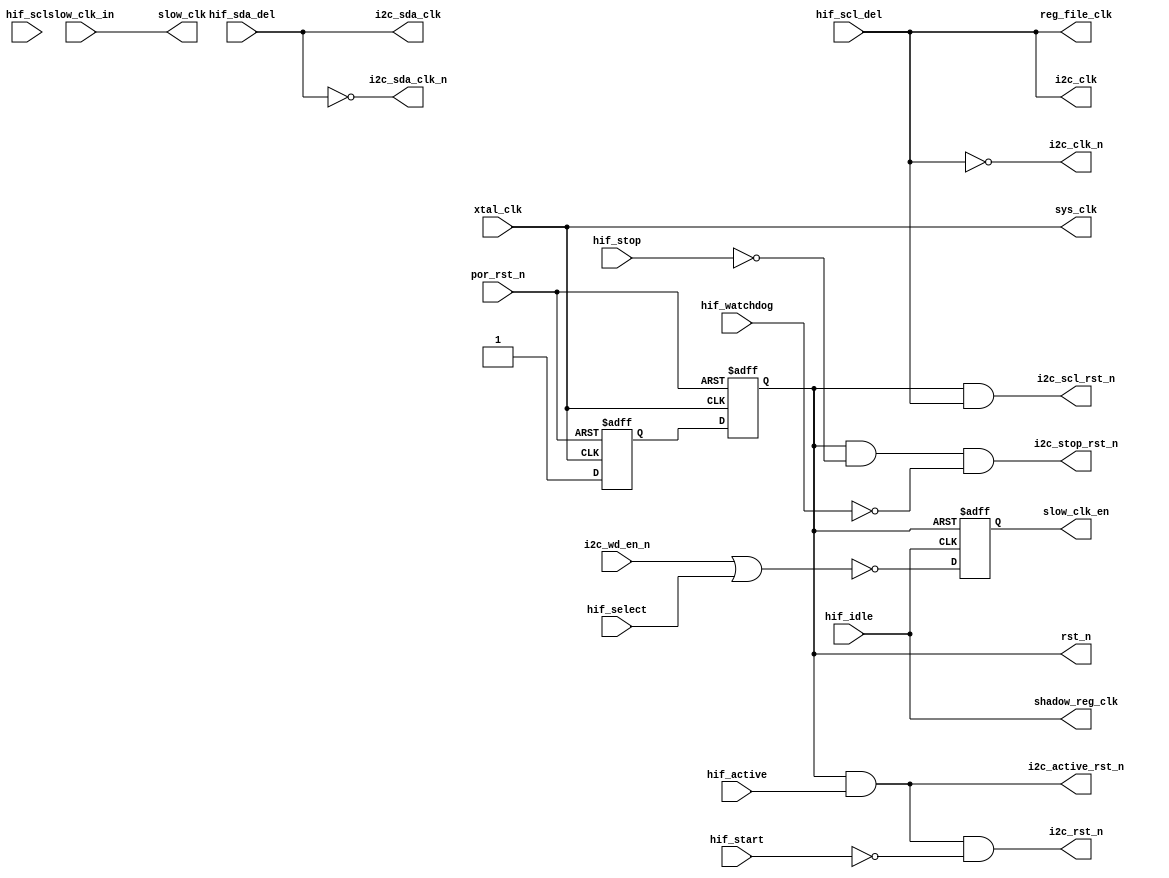
`timescale 1ns/10ps
module rcm_simplified (
	xtal_clk, // input crystal clock
	por_rst_n, // input POR reset
	hif_active, // Interface ACTIVE bit
	hif_start, // Interface START bit
	hif_stop, // Interface STOP bit
	hif_scl, // Interface SCL signal
	hif_watchdog, // Watchdog interrupt
	hif_scl_del, // delay of SCL signal
	hif_sda_del, // delay of SDA signal
	slow_clk_in, // Slow clock from ring osc
	hif_select, // Interface select signal
	hif_idle, // Signal indicating host interface idle
	i2c_wd_en_n, // Enable I2C watchdog from register file
	i2c_rst_n, // Reset I2C interface without I2C register address reg
	i2c_active_rst_n, // Reset I2C register address reg
	i2c_scl_rst_n, // Reset START bit from scl signal
	i2c_stop_rst_n, // Reset ACTIVE bit from STOP bit and watchdog
	i2c_clk, // I2C clock
	i2c_clk_n, // I2C inverted clock
	reg_file_clk, // Register file clock
	i2c_sda_clk, // I2C clock using SDA signal for START, STOP, ACTIVE bit
	i2c_sda_clk_n, // I2C clock using inverted SDA signal
	slow_clk, // Slow clock for I2C watchdog
	sys_clk, // System clock 
	shadow_reg_clk, // clock for shadow register
	slow_clk_en, // output enable signal for the ring oscillator
	rst_n // System reset
	);
	
	input xtal_clk;
	input por_rst_n;
	input hif_active;
	input hif_start;
	input hif_stop;
	input hif_scl;
	input hif_watchdog;
	input hif_scl_del;
	input hif_sda_del;
	input slow_clk_in;
	input hif_select;
	input hif_idle;
	input i2c_wd_en_n;
	output i2c_rst_n;
	output i2c_active_rst_n;
	output i2c_scl_rst_n;
	output i2c_stop_rst_n;
	output i2c_clk;
	output i2c_clk_n;
	output reg_file_clk;
	output i2c_sda_clk;
	output i2c_sda_clk_n;
	output slow_clk;
	output sys_clk;
	output shadow_reg_clk;
	output slow_clk_en;
	output rst_n;
	
	reg rst_sync1_n, rst_sync2_n; // Synchronized reset signal after 2 FF
	reg i2c_clk;
	reg i2c_clk_n;
	reg reg_file_clk;
	wire sys_cg1_clk_s; //system clock after clock gate for register file 
	wire sys_cg2_clk_s; // System clock after clock gate for shadow register
	reg i2c_sda_clk;
	reg i2c_sda_clk_n;
	reg slow_clk_en;
	
	// Synchronize reset signal with system clock using 2 FF
	always @ (posedge xtal_clk or negedge por_rst_n)
		begin
			if (por_rst_n == 1'b0)
				begin
					rst_sync1_n <= 1'b0;
					rst_sync2_n <= 1'b0;
				end
			else
				begin
					rst_sync1_n <= 1'b1;
					rst_sync2_n <= rst_sync1_n;
				end
		end
		
	// Send out system reset
	assign rst_n = rst_sync2_n;
		
	// Implement I2C interface reset with active bit
	assign i2c_active_rst_n = rst_sync2_n & hif_active;
	
	// Implement I2C interface reset with START and ACTIVE bit
	assign i2c_rst_n = rst_sync2_n & hif_active & (~hif_start);
	
	// Implement I2C SCL reset for START bit
	assign i2c_scl_rst_n = rst_sync2_n & hif_scl_del;
	
	// Implement I2C reset for ACTIVE bit
	assign i2c_stop_rst_n = rst_sync2_n & (~hif_stop) & (~hif_watchdog);
	
	// Implement SPI clock, I2C clock, and register file clock
	// Use one process to balance delta cycle delay of these clock
	// Note: system clock and register file clock are not balance for simulation but acceptable
	// System clock and register file clock are balance when synthesis
	always @(*)
		begin
			i2c_clk = hif_scl_del;
			i2c_clk_n = ~hif_scl_del;
			reg_file_clk = hif_scl_del;
		end
		
	// Implement I2C SDA and inverted SDA clocks for START STOP and ACTIVE bit
	always @ (*)
		begin
			i2c_sda_clk = hif_sda_del;
			i2c_sda_clk_n = ~hif_sda_del;
		end
	
	// Implement combine clock for FF in clock mux
	assign slow_clk = slow_clk_in;
	assign sys_clk = xtal_clk;
		
	// Implement clock for shadow register
	assign shadow_reg_clk = hif_idle;
	
	// Implement 2 clock gate for register file and shadow register
	
	// Implement enable signal for the ring oscillator
	always @ (posedge shadow_reg_clk or negedge rst_n)
		if (rst_n == 1'b0)
			slow_clk_en <= 1'b1;
		else
			// Enable ring oscillator when we use watchdog and I2C interface mode
			slow_clk_en <= ~(i2c_wd_en_n | hif_select);
	
endmodule